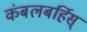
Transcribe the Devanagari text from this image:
कंबलबर्हिस्